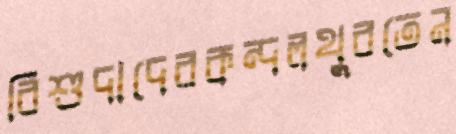
বিশুদাদেরকন্দলথুবতেন